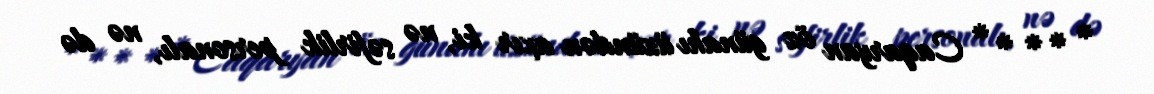
* * * * * Caqaryan öz günahı üzündən axır ki, nə səfirlik personalı, nə də